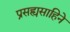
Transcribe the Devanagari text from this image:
प्रसह्यसाहिने